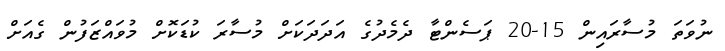
ނުވަތަ މުސާރައިން 15-20 ޕަސެންޓާ ދެމެދުގެ އަދަދަކަށް މުސާރަ ކުޑަކޮށް މުވައްޒަފުން ގެއަށް